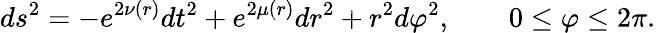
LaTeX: ds^{2}=-e^{2\nu(r)}dt^{2}+e^{2\mu(r)}dr^{2}+r^{2}d\varphi^{2},\quad\quad 0\leq\varphi\leq 2\pi.